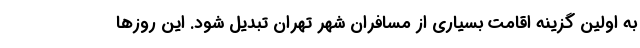
به اولین گزینه اقامت بسیاری از مسافران شهر تهران تبدیل شود. این روزها